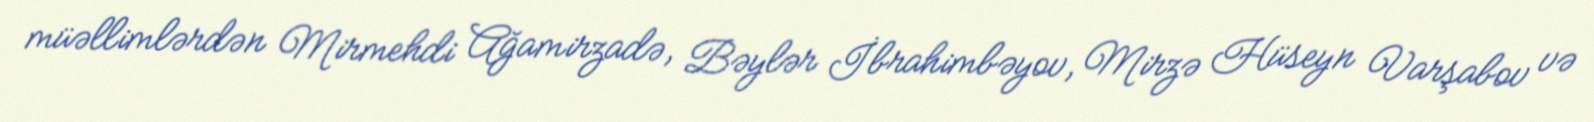
müəllimlərdən Mirmehdi Ağamirzadə, Bəylər İbrahimbəyov, Mirzə Hüseyn Varşabov və